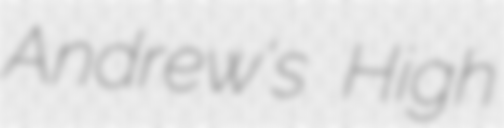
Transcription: Andrew's High